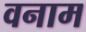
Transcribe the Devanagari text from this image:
वनाम